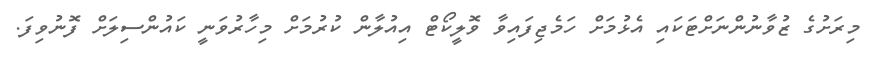
މިރަށުގެ ޒުވާނުންނަށްޓަކައި އެޅުމަށް ހަމެޖިފައިވާ ވޮލީކޯޓް އިއުލާން ކުރުމަށް މިހާރުވަނީ ކައުންސިލަށް ފޮނުވިފަ.